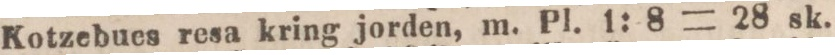
Kotzebues resa kring jorden, m. Pl. 1: 8 = 28 sk.